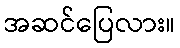
အဆင်ပြေလား။